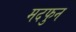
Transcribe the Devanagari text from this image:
मदफुन